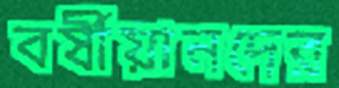
বর্ষীয়ানদের